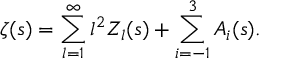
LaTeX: \zeta ( s ) = \sum _ { l = 1 } ^ { \infty } l ^ { 2 } Z _ { l } ( s ) + \sum _ { i = - 1 } ^ { 3 } A _ { i } ( s ) .